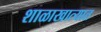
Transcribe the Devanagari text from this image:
शाळाखात्यात